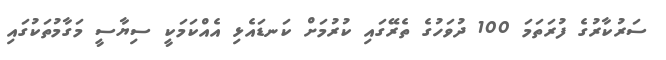
ސަރުކާރުގެ ފުރަތަމަ 100 ދުވަހުގެ ތެރޭގައި ކުރުމަށް ކަނޑައެޅި އެއްކަމަކީ ސިޔާސީ މަގާމުތަކުގައި